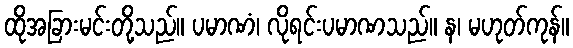
ထိုအခြားမင်းတို့သည်။ ပမာဏံ၊ လိုရင်းပမာဏသည်။ န၊ မဟုတ်ကုန်။